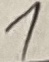
Text: 1